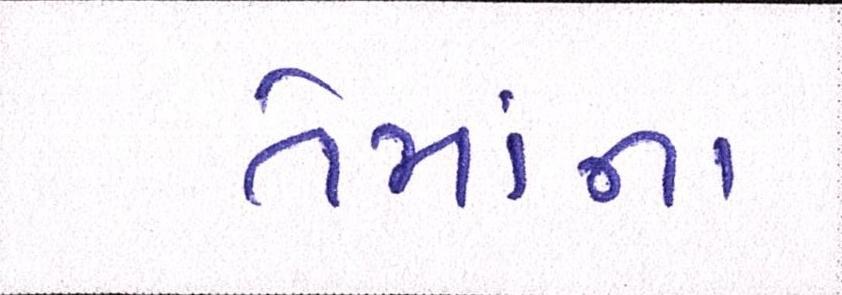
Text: તેમાંના